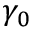
\gamma _ { 0 }